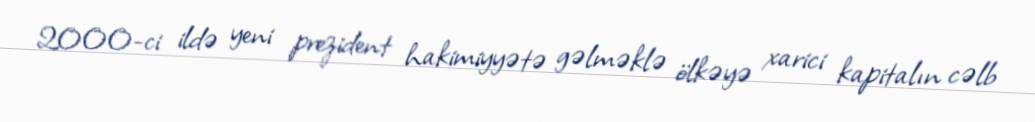
2000-ci ildə yeni prezident hakimiyyətə gəlməklə ölkəyə xarici kapitalın cəlb